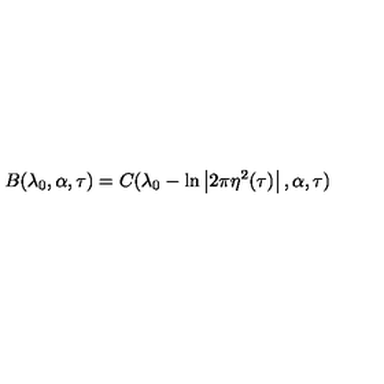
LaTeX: B ( \lambda _ { 0 } , \alpha , \tau ) = C ( \lambda _ { 0 } - \ln \left| 2 \pi \eta ^ { 2 } ( \tau ) \right| , \alpha , \tau )